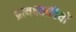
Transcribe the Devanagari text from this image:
प्रत्यक्ष्वादियों